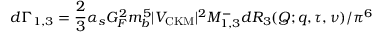
d \Gamma _ { 1 , 3 } = { \frac { 2 } { 3 } } \alpha _ { s } G _ { F } ^ { 2 } m _ { b } ^ { 5 } | V _ { \mathrm { \small C K M } } | ^ { 2 } { \cal M } _ { 1 , 3 } ^ { - } d { \cal R } _ { 3 } ( Q ; q , \tau , \nu ) / \pi ^ { 6 }